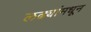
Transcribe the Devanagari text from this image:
लढ्यांमधून